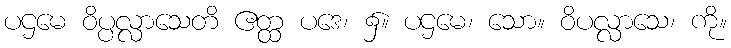
ပဌမေ ဝိပ္ပလ္လာသေတိ ဧတ္ထ ပဒေ၊ ၌။ ပဌမေ၊ သော။ ဝိပလ္လာသေ၊ ကို။